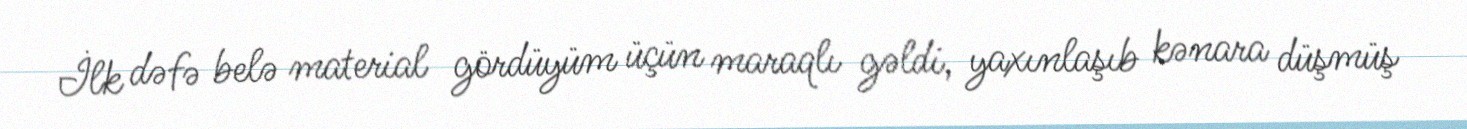
İlk dəfə belə material gördüyüm üçün maraqlı gəldi, yaxınlaşıb kənara düşmüş